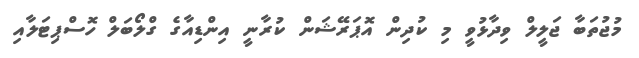
މުޖުތަބާ ޖަލީލް ވިދާޅުވީ މި ކުދިން އޮޕަރޭޝަން ކުރާނީ އިންޑިއާގެ ގްލޯބަލް ހޮސްޕިޓަލާއި